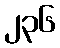
၂၃၆